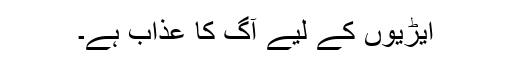
ایڑیوں کے لیے آگ کا عذاب ہے۔